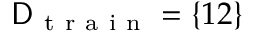
\mathsf { D } _ { \mathrm { ~ t ~ r ~ a ~ i ~ n ~ } } = \{ 1 2 \}